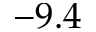
- 9 . 4